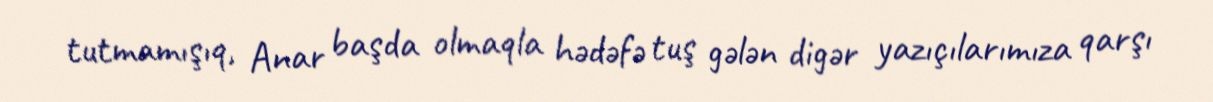
tutmamışıq, Anar başda olmaqla hədəfə tuş gələn digər yazıçılarımıza qarşı